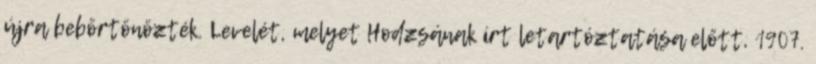
újra bebörtönözték. Levelét, melyet Hodzsának írt letartóztatása előtt, 1907.